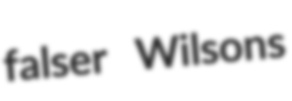
falser Wilsons